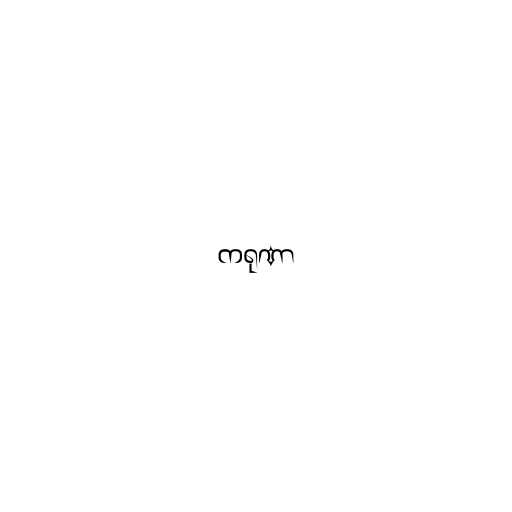
ကရုဏာ